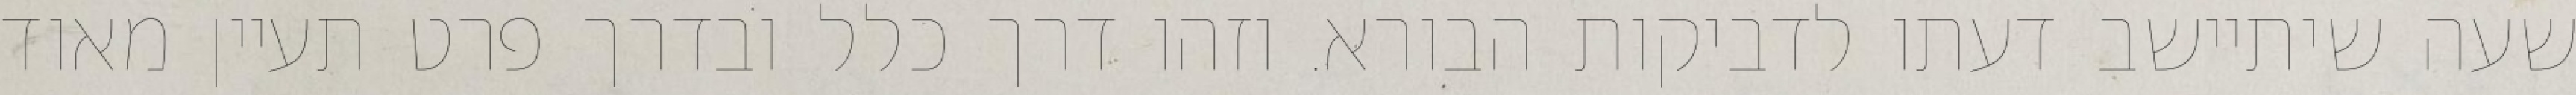
שעה שיתיישב דעתו לדביקות הבורא. וזהו דרך כלל ובדרך פרט תעיין מאוד